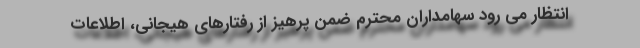
انتظار می رود سهامداران محترم ضمن پرهیز از رفتارهای هیجانی، اطلاعات